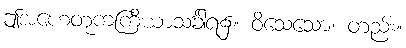
ဤအဟေတုကကြိယာသင်္ခါရ၌။ ဝိသေသော၊ တည်း။